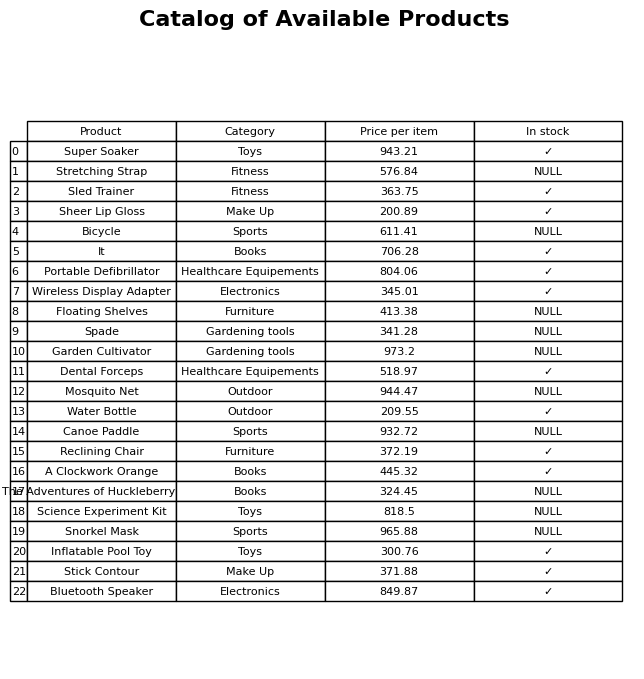
question: What is the stock status of the Canoe Paddle?
answer: NULL